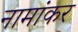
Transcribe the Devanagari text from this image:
नामांकर